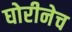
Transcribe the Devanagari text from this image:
घोरीनेच